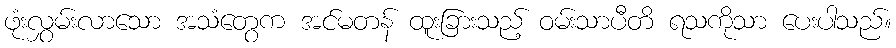
ဖုံးလွှမ်းလာသော အသံတွေက အင်မတန် ထူးခြားသည့် ဝမ်းသာပီတိ ရသကိုသာ ပေးပါသည်။